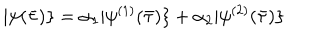
| \psi ( \bar { \tau } ) \} = \alpha _ { 1 } | \psi ^ { ( 1 ) } ( \bar { \tau } ) \} + \alpha _ { 2 } | \psi ^ { ( 2 ) } ( \bar { \tau } ) \}